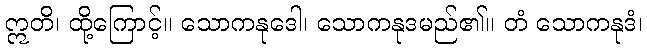
ဣတိ၊ ထို့ကြောင့်။ သောကနုဒေါ၊ သောကနုဒမည်၏။ တံ သောကနုဒံ၊